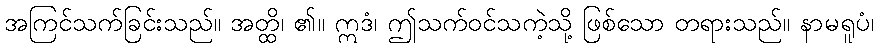
အကြင်သက်ခြင်းသည်။ အတ္ထိ၊ ၏။ ဣဒံ၊ ဤသက်ဝင်သကဲ့သို့ ဖြစ်သော တရားသည်။ နာမရူပံ၊